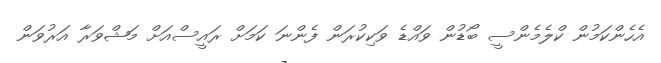
އެހެންކަމުން ކްލެމެންސީ ބޯޑުން ވައްޑެ ވަކިކުރަން ފެންނަ ކަމަށް ރައީސްއަށް މަޝްވަރާ އަރުވަން